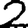
Digit: 2